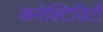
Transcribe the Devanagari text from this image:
कनेक्‍टिविटी